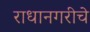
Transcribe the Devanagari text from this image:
राधानगरीचे